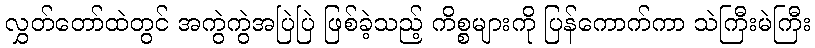
လွှတ်တော်ထဲတွင် အကွဲကွဲအပြဲပြဲ ဖြစ်ခဲ့သည့် ကိစ္စများကို ပြန်ကောက်ကာ သဲကြီးမဲကြီး